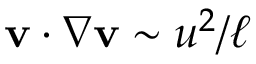
\mathbf { v } \cdot \nabla \mathbf { v } \sim u ^ { 2 } / \ell